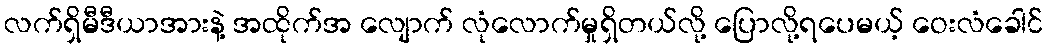
လက်ရှိမီဒီယာအားနဲ့ အထိုက်အ လျောက် လုံလောက်မှုရှိတယ်လို့ ပြောလို့ရပေမယ့် ဝေးလံခေါင်